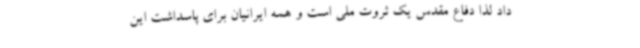
داد لذا دفاع مقدس یک ثروت ملی است و همه ایرانیان برای پاسداشت این